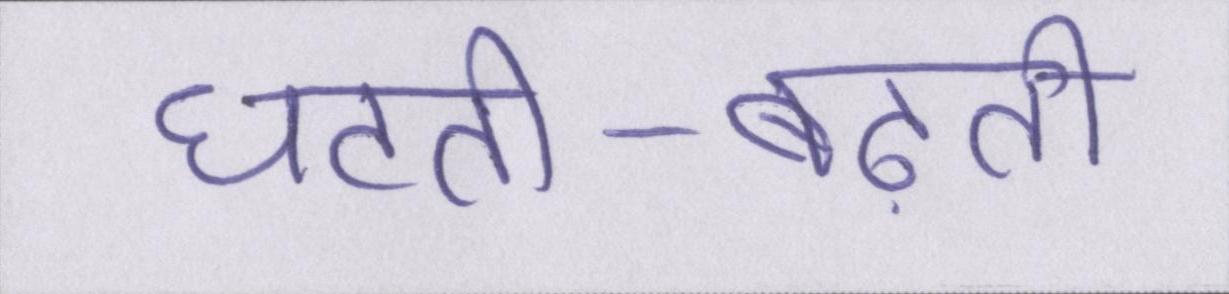
घटती-बढ़ती